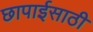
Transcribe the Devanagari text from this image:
छापाईसाठी